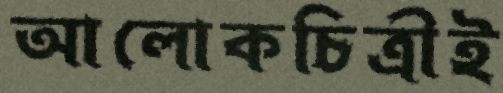
আলোকচিত্রীই